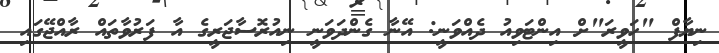
ނިޔާފް "ހަވީރަ"ށް އިންޓަވިއު ދެއްވަނީ: އޭނާ ގެންދަވަނީ ނިއުރޮސާޖަރީގެ އާ ފަރުވާތައް ރާއްޖޭގައި